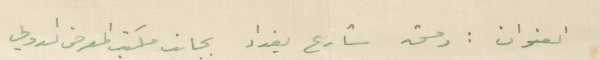
العنوان : دمشق شارع بغداد بجانب مكتب المعرض الدولي